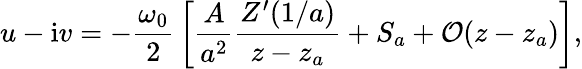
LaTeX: u-\mathrm{i}v=-{\frac{\omega_{0}}{2}}\left[{\frac{A}{a^{2}}}{\frac{Z^{\prime}(1/a)}{z-z_{a}}}+S_{a}+{\cal O}(z-z_{a})\right],